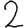
Digit: 2